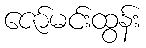
ဇော်မင်းထွန်း